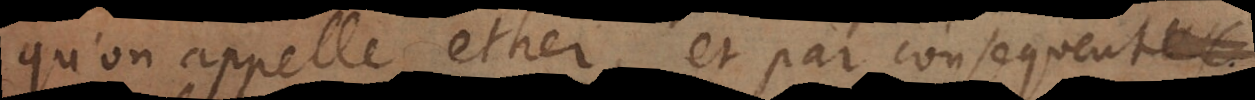
qu’on appelle ether, et par consequent